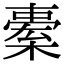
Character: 𣘯